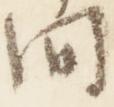
間